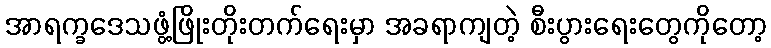
အာရက္ခဒေသဖွံ့ဖြိုးတိုးတက်ရေးမှာ အခရာကျတဲ့ စီးပွားရေးတွေကိုတော့